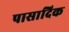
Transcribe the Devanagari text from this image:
पासादिक